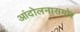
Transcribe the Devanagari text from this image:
आंदोलनासमोर